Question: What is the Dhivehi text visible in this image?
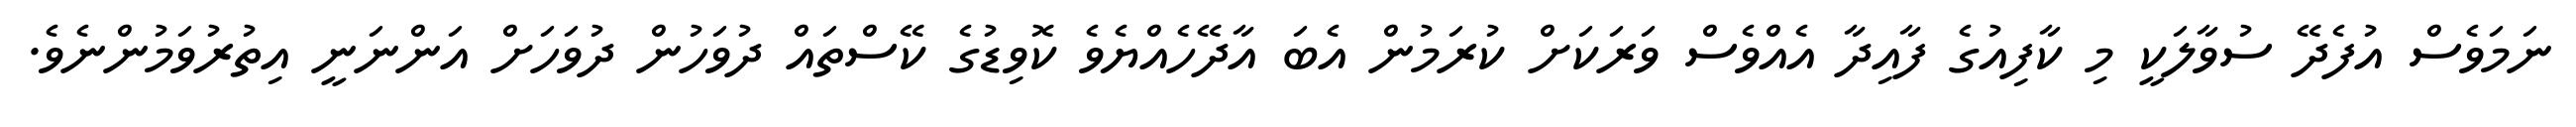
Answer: ނަމަވެސް އުފެދޭ ސުވާލަކީ މި ކާފިއުގެ ފާއިދާ އެއްވެސް ވަރަކަށް ކުރަމުން އެބަ އާދޭހެއްޔެވެ ކޮވިޑުގެ ކޭސްތައް ދުވަހުން ދުވަހަށް އަންނަނީ އިތުރުވަމުންނެވެ.